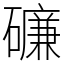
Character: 𥖝